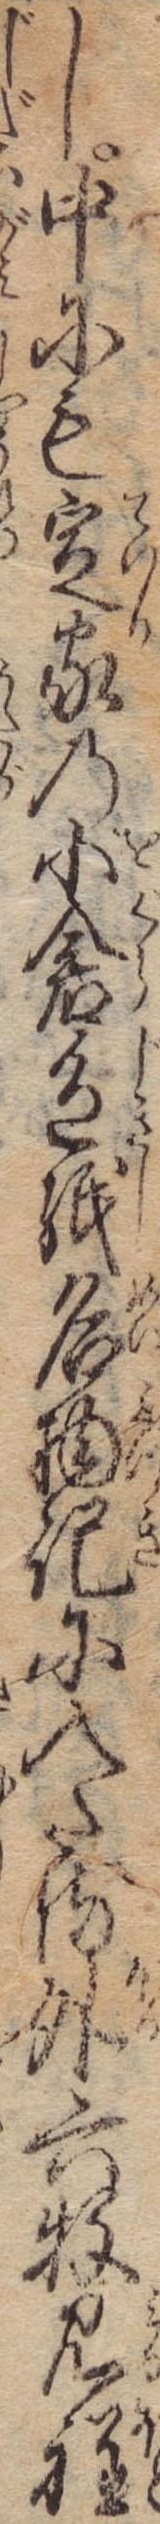
し中にも定家の小倉色紙名物記に入たる外六牧見程